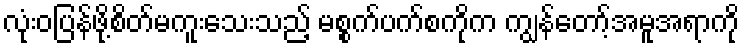
လုံးဝပြန်ဖို့စိတ်မကူးသေးသည့် မစ္စက်ပက်စကိုက ကျွန်တော့်အမူအရာကို